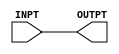
`timescale 1ns/1ns

module BD3(
	input INPT,
	output OUTPT
);

	assign #5 OUTPT = INPT;

endmodule